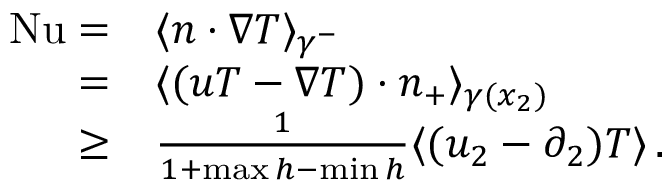
\begin{array} { r l } { \mathrm { { N u } } = } & { \langle n \cdot \nabla T \rangle _ { \gamma ^ { - } } } \\ { = } & { \langle ( u T - \nabla T ) \cdot n _ { + } \rangle _ { \gamma ( x _ { 2 } ) } } \\ { \geq } & { \frac { 1 } { 1 + \operatorname* { m a x } h - \operatorname* { m i n } h } \langle ( u _ { 2 } - \partial _ { 2 } ) T \rangle \, . } \end{array}